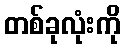
တစ်ခုလုံးကို